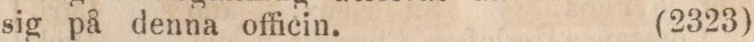
sig på denna officin.    (2323)